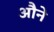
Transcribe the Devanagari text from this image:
औने